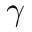
\gamma